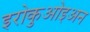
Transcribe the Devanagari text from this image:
इरोकुओइअन